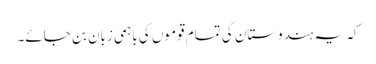
کہ یہ ہندوستان کی تمام قوموں کی باہمی زبان بن جائے۔